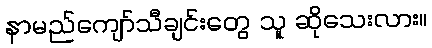
နာမည်ကျော်သီချင်းတွေ သူ ဆိုသေးလား။